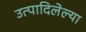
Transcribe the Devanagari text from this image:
उत्पादिलेल्या